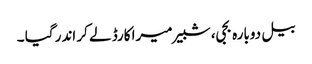
بیل دوبارہ بجی، شبیر میرا کارڈ لے کر اندر گیا ۔